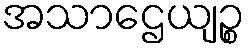
အသာဌေယျဉ္စ